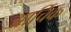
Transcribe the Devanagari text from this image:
आर्चिक